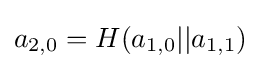
a_{2,0}=H(a_{1,0}||a_{1,1})